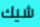
شيك